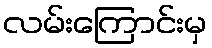
လမ်းကြောင်းမှ